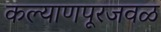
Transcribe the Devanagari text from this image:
कल्याणपूरजवळ